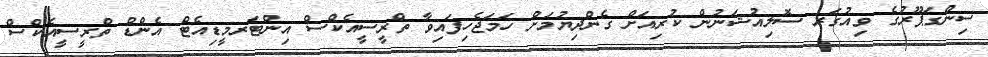
ސިންގަޕޫރުގެ ވިއުގަރ ސޮލިއުޝަނުން ކުރިއަށް ގެންދިޔުމަށް ހަމަޖެހިފައިވާ ތްރީސީއެކްސް އިންޓަރމީޑިއެޓް އެންޑް ތްރީސީއެކްސް